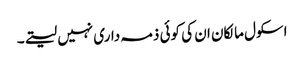
اسکول مالکان ان کی کوئی ذمہ داری نہیں لیتے۔